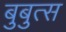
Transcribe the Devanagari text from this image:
बुबुत्स